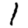
Digit: 1